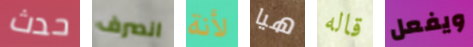
حدث انصرف لأنة هيا قاله ويفعل